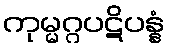
ကုမ္မဂ္ဂပဋိပန္နံ